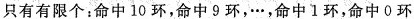
只有有限个：命中10环，命中9环，…，命中1环，命中0环